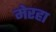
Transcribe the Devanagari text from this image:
मेरहा